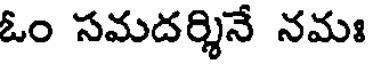
ఓం సమదర్శినే నమః